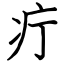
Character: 疔